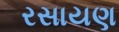
રસાયણ